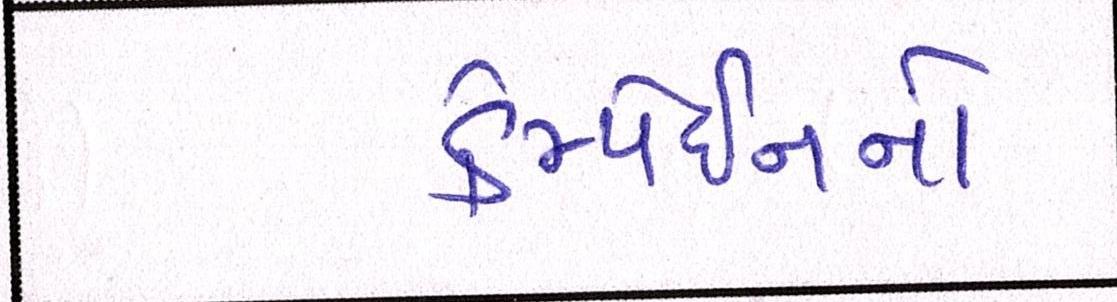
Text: કેમ્પેઈનનો